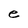
Character: e